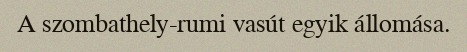
A szombathely-rumi vasút egyik állomása.